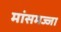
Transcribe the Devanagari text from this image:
मांसमज्जा